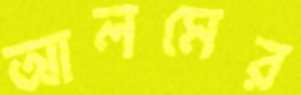
আলমের